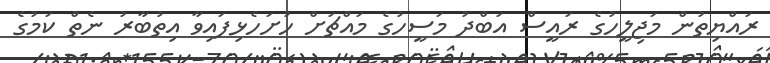
ރައްޔިތުން މަޖިލީހުގެ ރައީސް އަބްދު މަސީހުގެ މައްޗަށް ހުށަހެޅިފައިވާ އިތުބާރު ނެތް ކަމުގެ